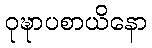
ဝုဍ္ဎာပစာယိနော